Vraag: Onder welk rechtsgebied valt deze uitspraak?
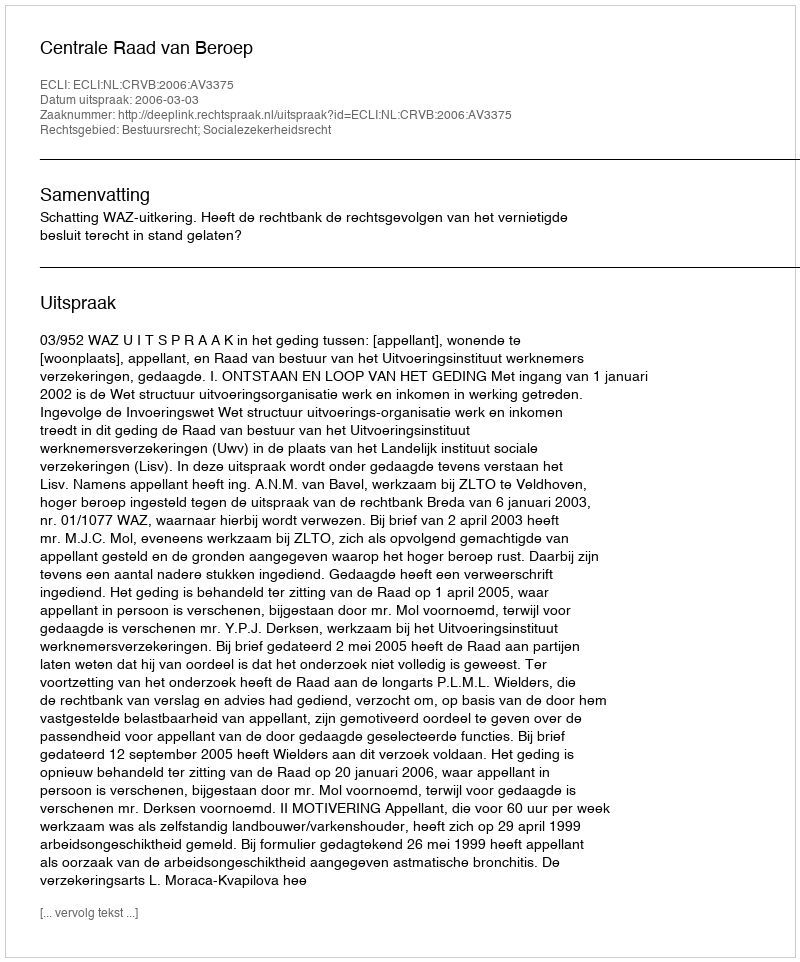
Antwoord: Bestuursrecht; Socialezekerheidsrecht